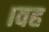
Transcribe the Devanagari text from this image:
।वह